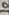
Text: 10